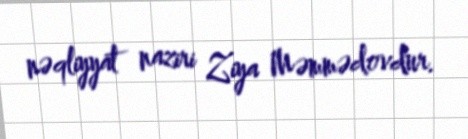
nəqliyyat naziri Ziya Məmmədovdur.